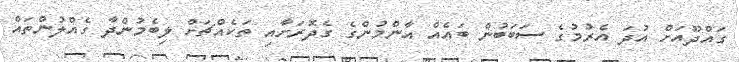
ގައްދޫއަށް އުދަ އެރުމުގެ ސަބަބުން ބައެއް އާންމުންގެ ގެދޮރަށާއި ތަކެއްޗަށް ލިބެމުންދާ ގެއްލުންތައް